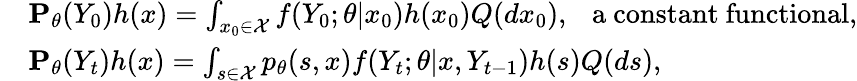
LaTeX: \begin{array}{rl}&{{\mathbf P}_{\theta}(Y_{0})h(x)=\int_{x_{0}\in\mathcal{X}}f(Y_{0};\theta|x_{0})h(x_{0})Q(dx_{0}),~~~\textrm{a~constant~functional,}}\\ &{{\mathbf P}_{\theta}(Y_{t})h(x)=\int_{s\in\mathcal{X}}p_{\theta}(s,x)f(Y_{t};\theta|x,Y_{t-1})h(s)Q(ds),}\end{array}